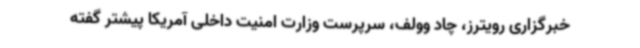
خبرگزاری رویترز، چاد وولف، سرپرست وزارت امنیت داخلی آمریکا پیشتر گفته